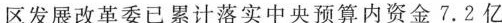
区发展改革委已累计落实中央预算内资金7.2亿